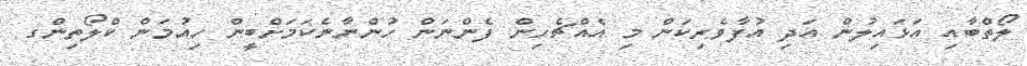
ލޯތްބާއި އަޅައިލުން އަދި އުފާވެރިކަން މި އެއްޗެހިން ފެންނަން ހުންނާނެކަމަށްބީން ހިއުމަން ކްލޯތިންގ